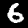
Label: 6